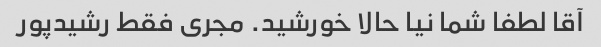
آقا لطفا شما نیا حالا خورشید. مجری فقط رشیدپور